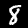
Label: 8